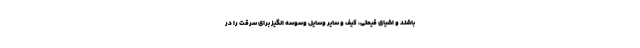
باشند و اشیای قیمتی، کیف و سایر وسایل وسوسه انگیز برای سرقت را در